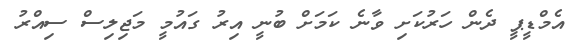
އެމްޑީޕީ ދެން ހަރުކަށި ވާނެ ކަމަށް ބުނީ އިރު ގައުމީ މަޖިލިސް ސިއްރު